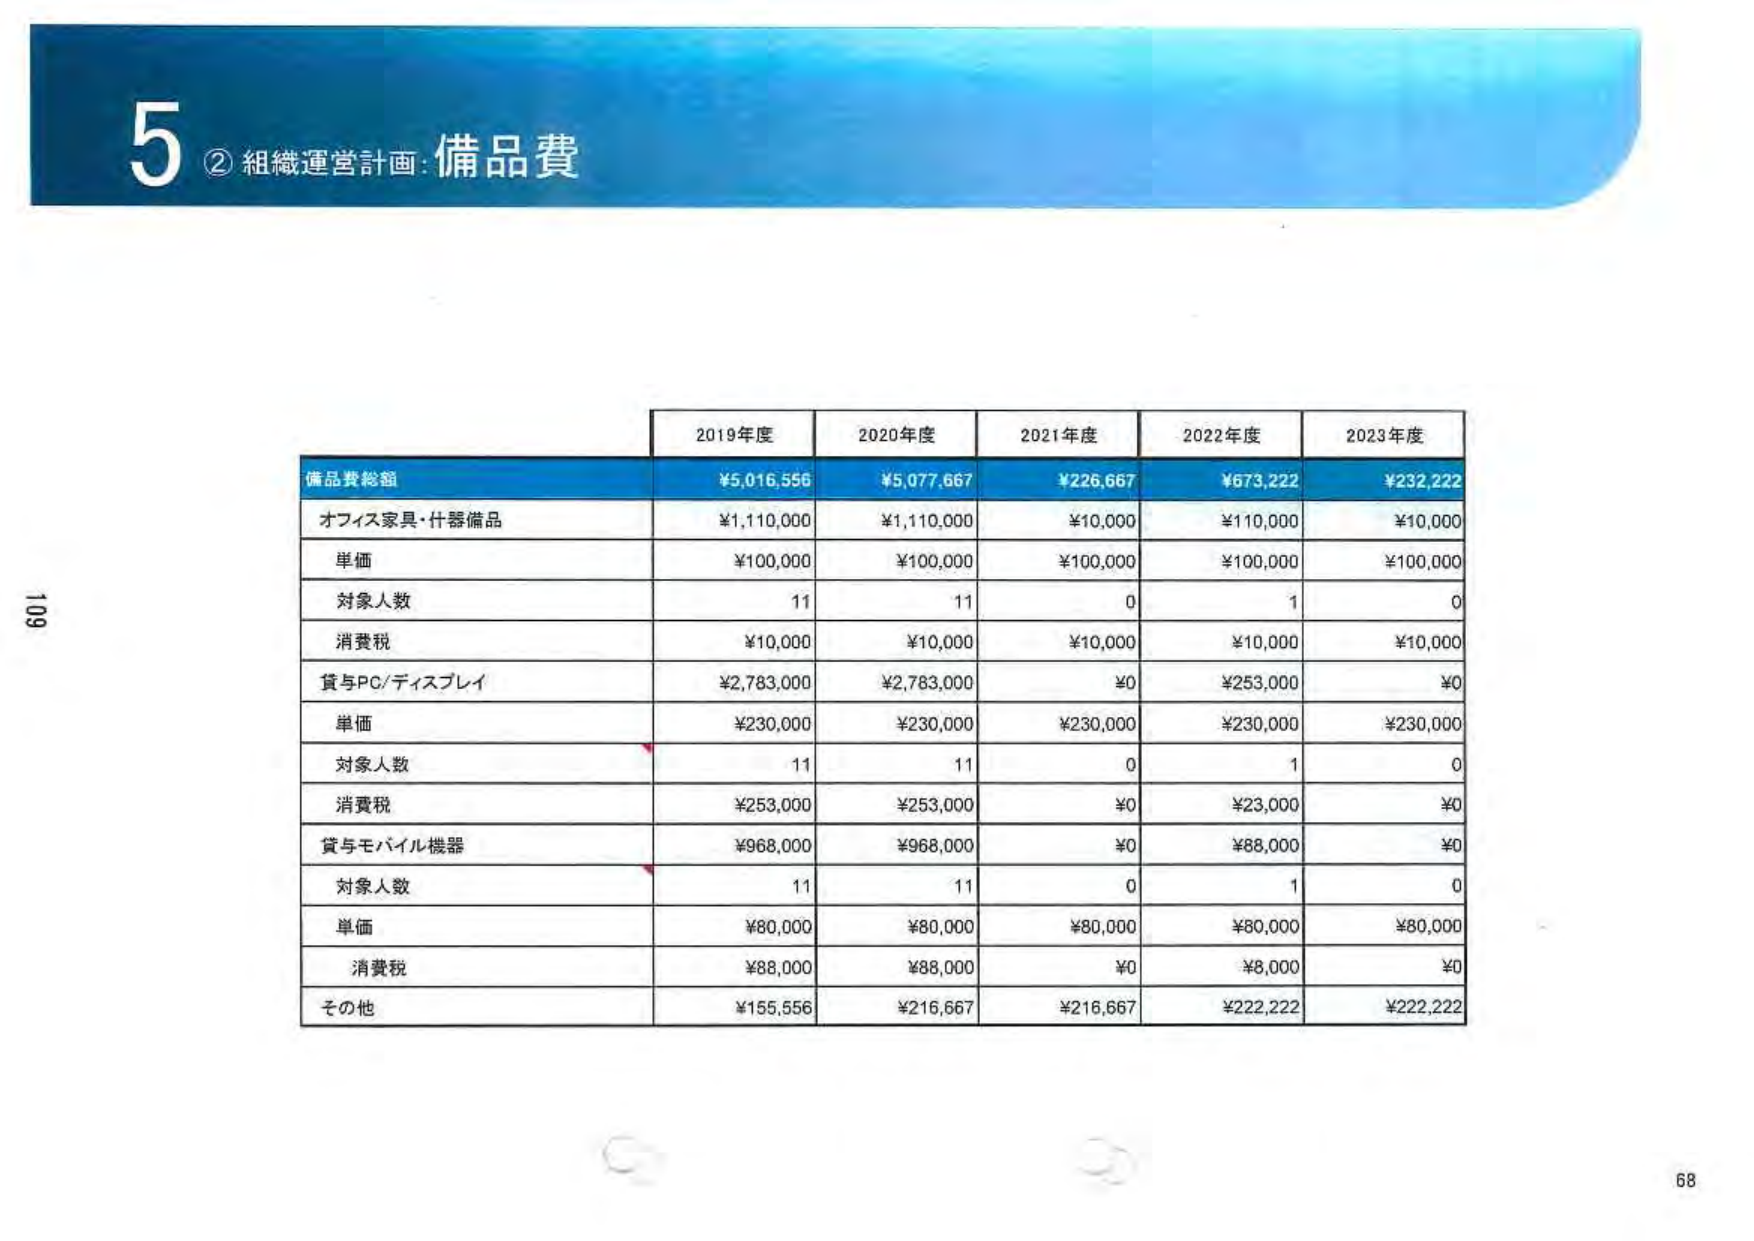
5 ② 組織運営計画：備品費

2019年度 2020年度 2021年度 2022年度 2023年度

備品費総額 ¥5,016,556 ¥5,077,667 ¥226,667 ¥673,222 ¥232,222

オフィス家具・什器備品 ¥1,110,000 ¥1,110,000 ¥10,000 ¥110,000 ¥10,000

単価 ¥100,000 ¥100,000 ¥100,000 ¥100,000 ¥100,000

対象人数 11 11 0 1 0

消費税 ¥10,000 ¥10,000 ¥10,000 ¥10,000 ¥10,000

貸与PC/ディスプレイ ¥2,783,000 ¥2,783,000 ¥0 ¥253,000 ¥0

単価 ¥230,000 ¥230,000 ¥230,000 ¥230,000 ¥230,000

対象人数 11 11 0 1 0

消費税 ¥253,000 ¥253,000 ¥0 ¥23,000 ¥0

貸与モバイル機器 ¥968,000 ¥968,000 ¥0 ¥88,000 ¥0

対象人数 11 11 0 1 0

単価 ¥80,000 ¥80,000 ¥80,000 ¥80,000 ¥80,000

消費税 ¥88,000 ¥88,000 ¥0 ¥8,000 ¥0

その他 ¥155,556 ¥216,667 ¥216,667 ¥222,222 ¥222,222

109
68